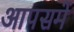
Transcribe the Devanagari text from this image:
आपसमें